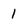
Character: 1